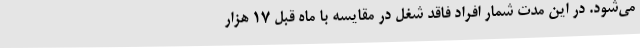
می‌شود. در این مدت شمار افراد فاقد شغل در مقایسه با ماه قبل 17 هزار